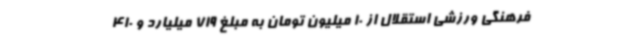
فرهنگی ورزشی استقلال از 10 میلیون تومان به مبلغ 719 میلیارد و 410